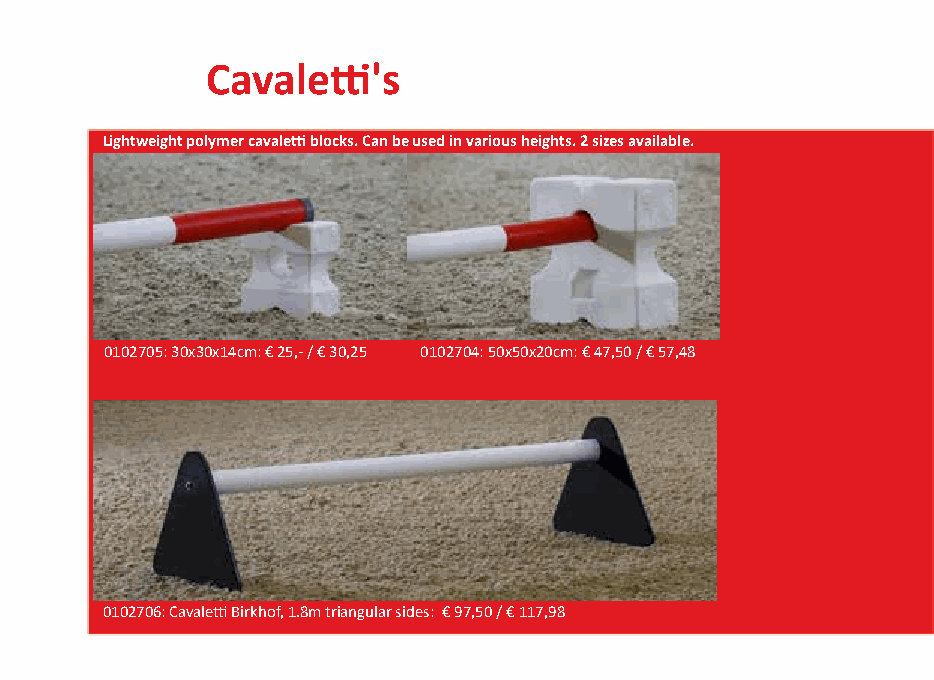
Cavaletti's
 Lightweight polymer cavaletti blocks. Can be used in various heights. 2 sizes available.
 0102705: 30x30x14cm: € 25,- / € 30,25 0102704: 50x50x20cm: € 47,50 / € 57,48
 0102706: Cavaletti Birkhof, 1.8m triangular sides: € 97,50 / € 117,98